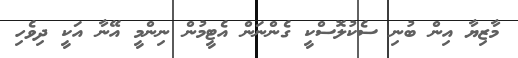
މާޒިޔާ އިން ބުނި ސެކުލޮސްކީ ގެންނަން އެޓީމުން ނިންމީ އޭނާ އަކީ ދިވެހި